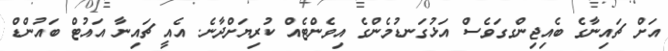
އަށް ޗައިނާގެ ބެއިޖިންގގަވެސް އަޅުގަނޑުމެންގެ އިވެންޓެއް ކުރިޔަށްދާނެ. އެއީ ޗައިނާ އައުޓް ބައުންޑް